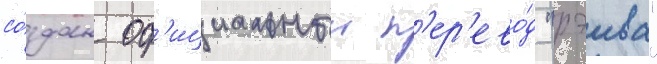
со́здан оф'ициальныи п'ер'ево́д "рэива"